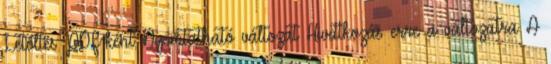
Letöltés PDF-ként Nyomtatható változat Hivatkozás erre a változatra A